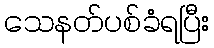
သေနတ်ပစ်ခံရပြီး